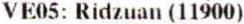
VE05: RIDZUAN (11900)